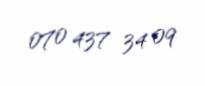
070 437 34 09